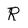
Character: R